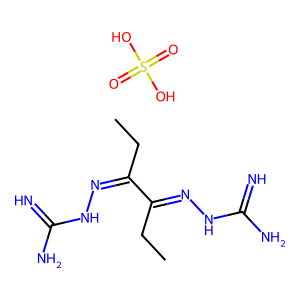
SMILES: CCC(=NNC(=N)N)C(CC)=NNC(=N)N.O=S(=O)(O)O
Inhibits HIV replication: No